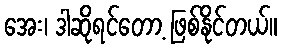
အေး၊ ဒါဆိုရင်တော့ ဖြစ်နိုင်တယ်။